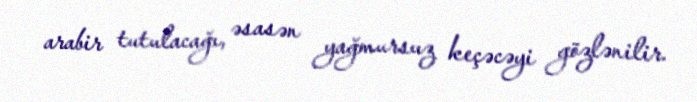
arabir tutulacağı, əsasən yağmursuz keçəcəyi gözlənilir.